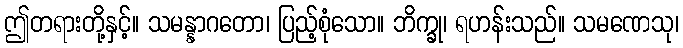
ဤတရားတို့နှင့်။ သမန္နာဂတော၊ ပြည့်စုံသော။ ဘိက္ခု၊ ရဟန်းသည်။ သမဏေသု၊